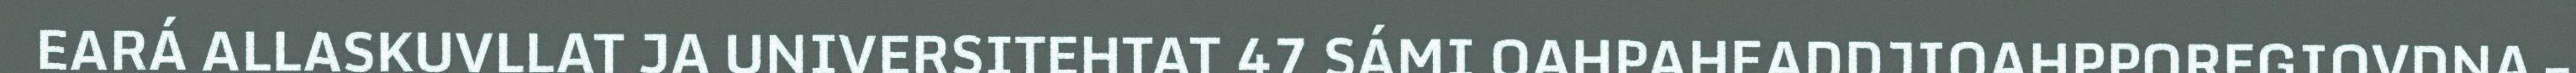
EARÁ ALLASKUVLLAT JA UNIVERSITEHTAT 47 SÁMI OAHPAHEADDJIOAHPPOREGIOVDNA –